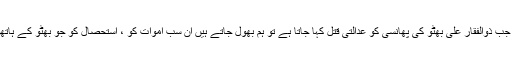
اسی طرح جب ذوالفقار علی بھٹو کی پھانسی کو عدالتی قتل کہا جاتا ہے تو ہم بھول جاتے ہیں ان سب اموات کو ، استحصال کو جو بھٹو کے ہاتھوں ہوئے ۔